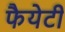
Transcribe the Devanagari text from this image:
फैयेटी